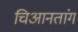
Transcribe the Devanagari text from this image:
चिआनतांग